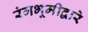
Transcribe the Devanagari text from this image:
रंगभूमीद्वारे